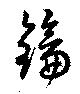
鑰